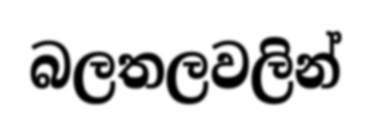
බලතලවලින්